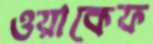
ওয়াকেফ